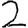
Digit: 2